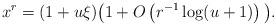
LaTeX: \begin{align*} x^r=(1+u\xi)\big(1+O\left(r^{-1}\log(u+1)\right)\big).\end{align*}